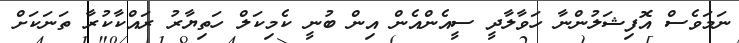
ނަމަވެސް އޮފިޝަލުންނާ ހަވާލާދީ ސީއެންއެން އިން ބުނީ ކެމިކަލް ހަތިޔާރު ރައްކާކުރާ ތަނަކަށް